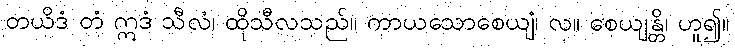
တယိဒံ တံ ဣဒံ သီလံ၊ ထိုသီလသည်။ ကာယသောစေယျံ၊ လ။ စေယျန္တိ၊ ဟူ၍။